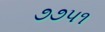
૭૭૫૧